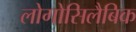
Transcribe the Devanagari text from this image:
लोगोसिलैबिक